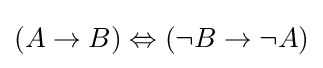
(A\to B)\Leftrightarrow (\lnot B\to \lnot A)